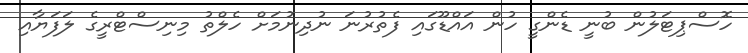
ހޮސްޕިޓަލުން ބުނީ ޑެންގީ ހުން އައްޑޫގައި ފެތުރުނަ ނުދިނުމަށް ހެލްތު މިނިސްޓްރީގެ ލަފަޔާއި